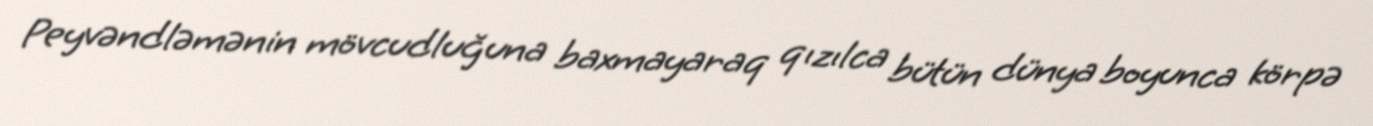
Peyvəndləmənin mövcudluğuna baxmayaraq qızılca bütün dünya boyunca körpə